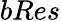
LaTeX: bRes